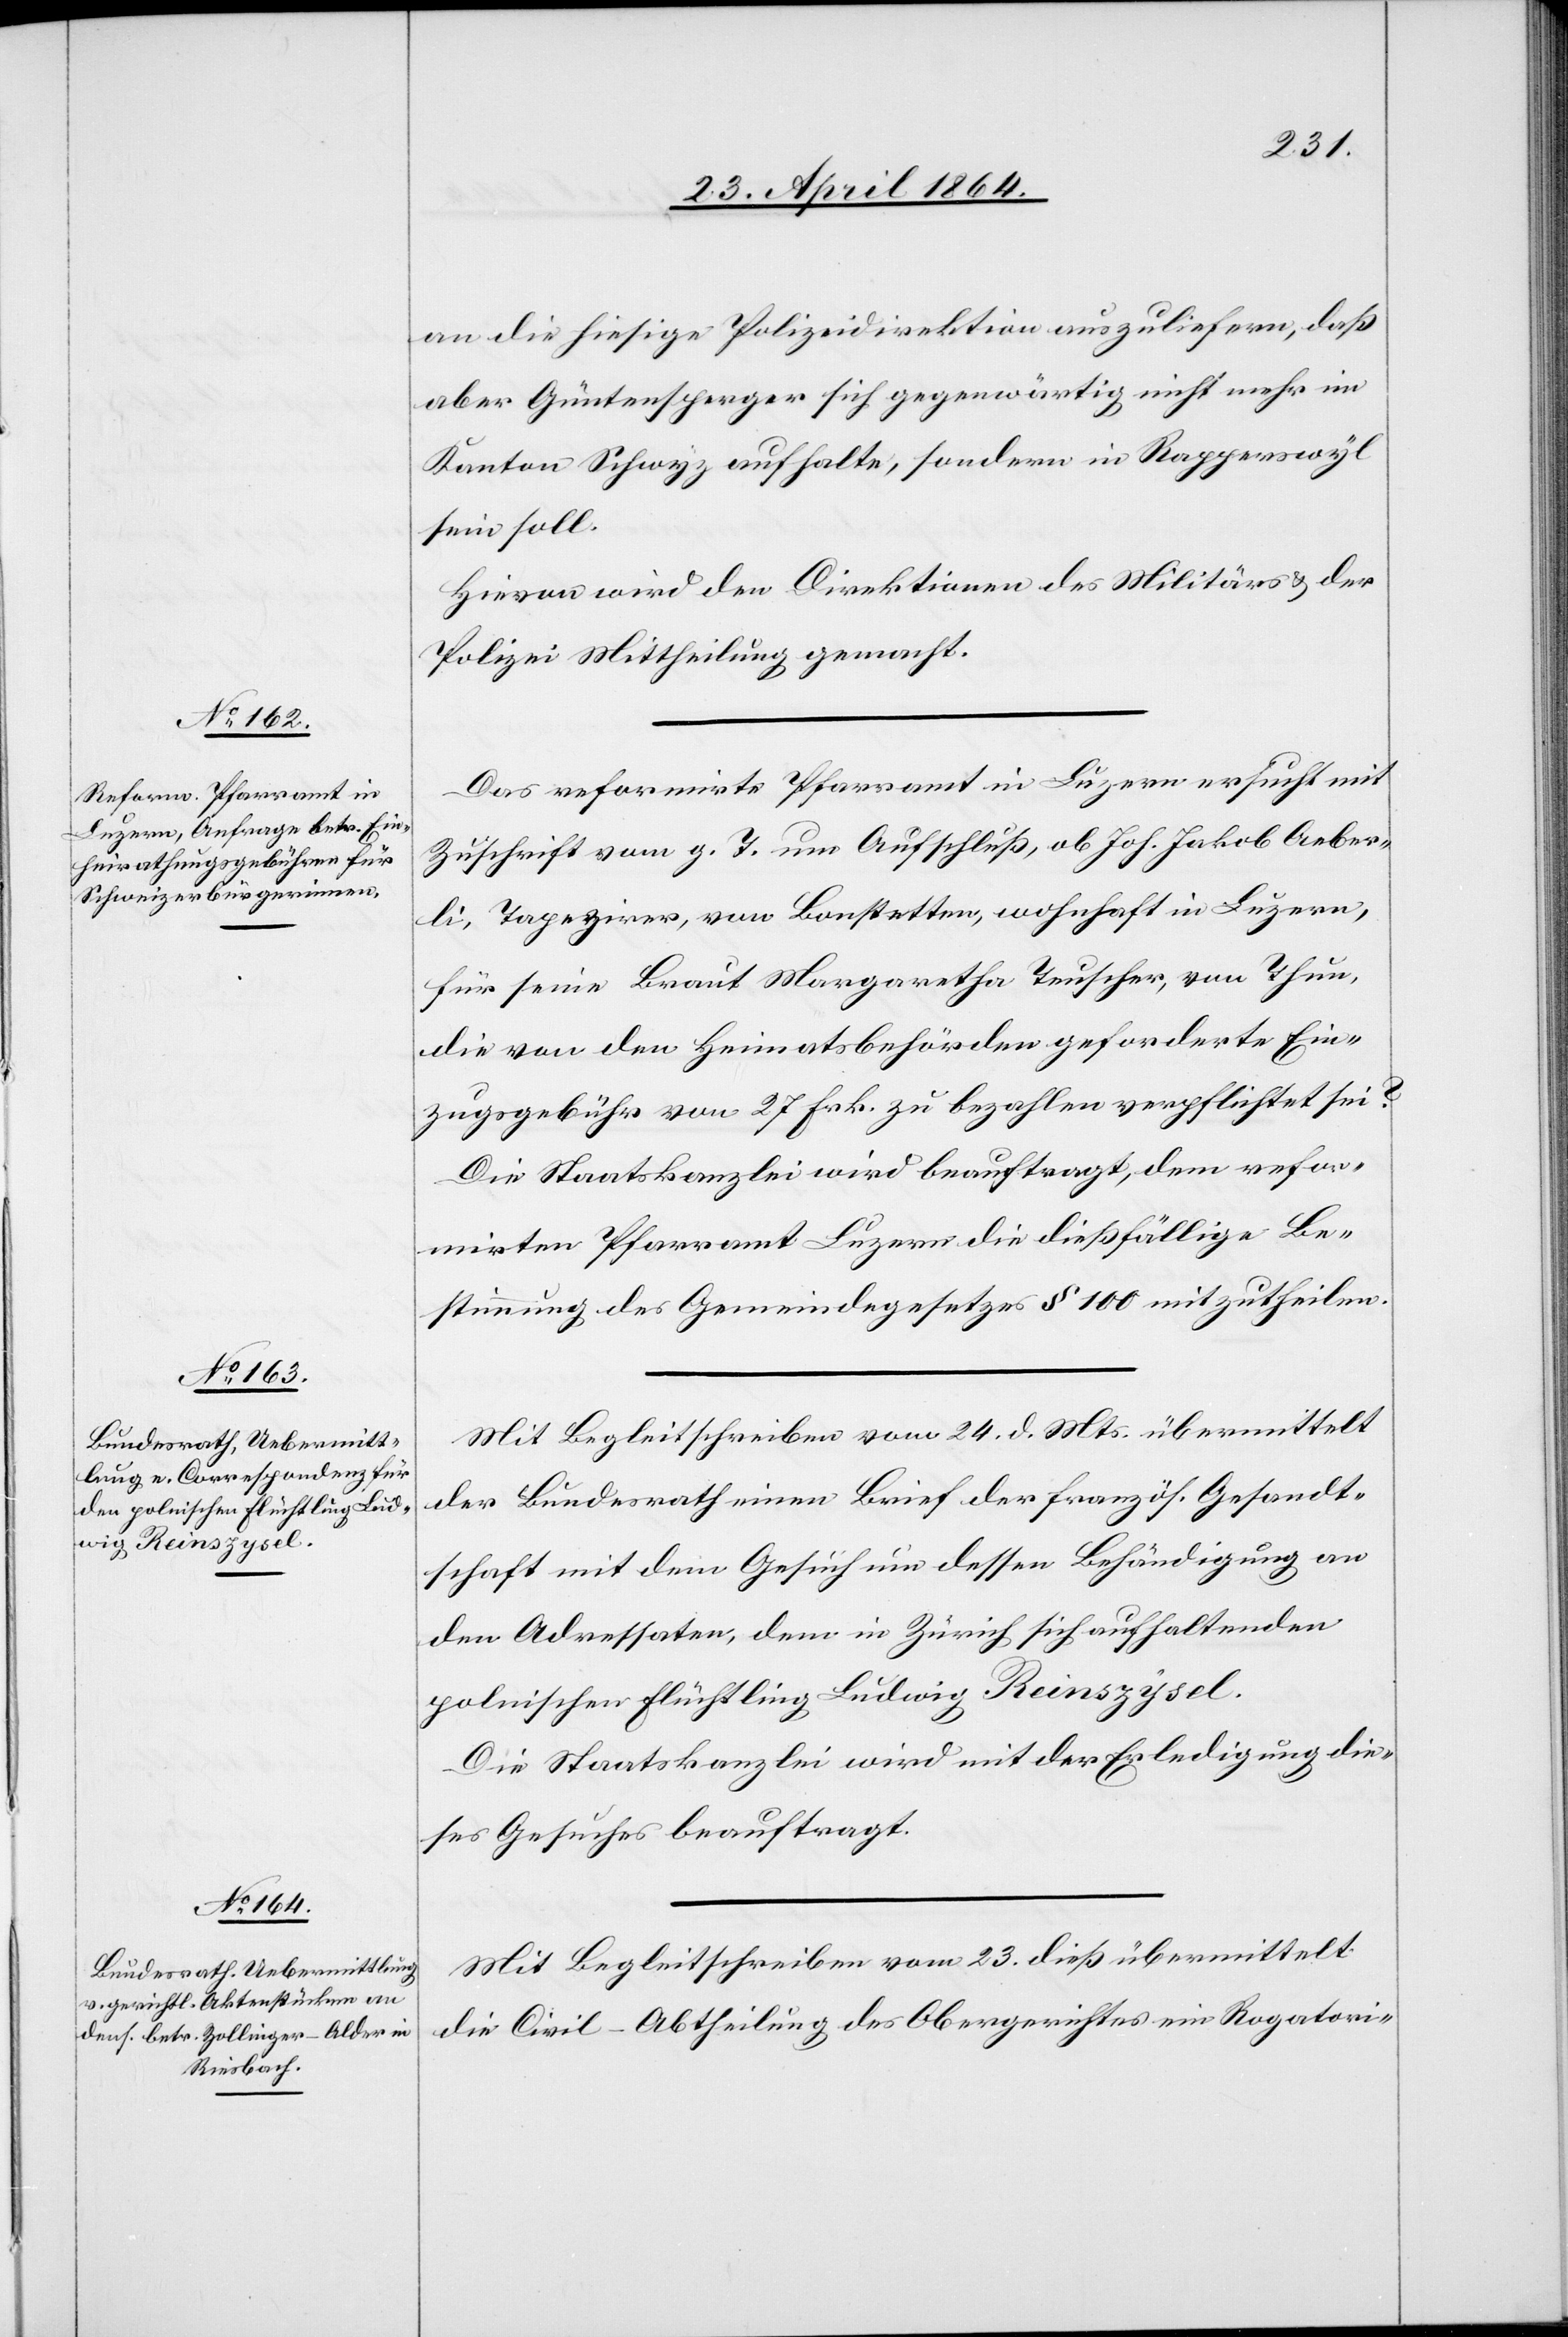
26. April 1864.]
an die hiesige Polizeidirektion auszuliefern, daß
aber Güntensperger sich gegenwärtig nicht mehr im
Kanton Schwyz aufhalte, sondern in Rapperswyl
sein soll.
Hievon wird den Direktionen des Militärs u. der
Polizei Mittheilung gemacht.
Das reformirte Pfarramt in Luzern ersucht mit
Zuschrift vom g. T. um Aufschluß, ob Joh. Jakob Aeber¬
li, Tapezirer, von Bonstetten, wohnhaft in Luzern,
für seine Braut Margaretha Teuscher, von Thun,
die von den Heimatsbehörden geforderte Ein¬
zugsgebühr von 27 Frk. zu bezahlen verpflichtet sei?
Die Staatskanzlei wird beauftragt, dem refor¬
mierten Pfarramt Luzern die dießfällige Be¬
stimmung des Gemeindegesetzes § 100 mitzutheilen.
Mit Begleitschreiben vom 24. d. Mts. übermittelt
der Bundesrath einen Brief der französ. Gesandt¬
schaft mit dem Gesuch um dessen Behändigung an
den Adressaten, dem in Zürich sich aufhaltenden
polnischen Flüchtling Ludwig Reinszysel.
Die Staatskanzlei wird mit der Erledigung die¬
ses Gesuches beauftragt.
Mit Begleitschreiben vom 23. dieß übermittelt
die Civil-Abtheilung des Obergerichtes ein Rogatori-